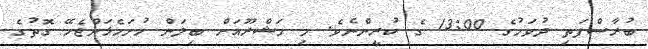
ބުރާސްފަތި ދުވަހުގެ 13:00 ގެ ކުރީންނެވެ. މި މަޝްރޫއަށް ބިލަން ހުށަހެޅަންޖެހޭ ގޮތުގެ